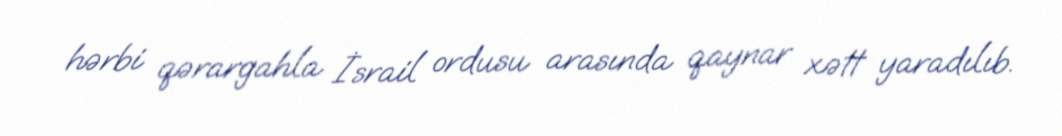
hərbi qərargahla İsrail ordusu arasında qaynar xətt yaradılıb.